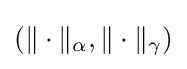
(\|\cdot \|_{\alpha },\|\cdot \|_{\gamma })